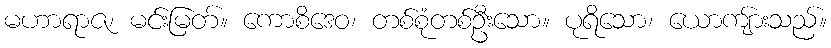
မဟာရာဇ၊ မင်းမြတ်။ ကောစိဒေဝ၊ တစ်စုံတစ်ဦးသော။ ပုရိသော၊ ယောကျ်ားသည်။